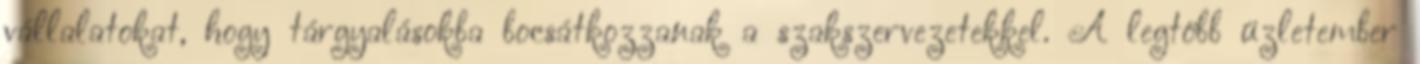
vállalatokat, hogy tárgyalásokba bocsátkozzanak a szakszervezetekkel. A legtöbb üzletember